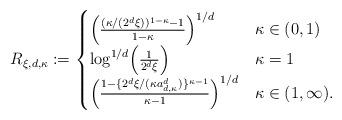
LaTeX: \begin{align*}R_{\xi,d,\kappa} := \begin{cases} \Bigl(\frac{(\kappa/(2^d \xi))^{1-\kappa} - 1}{1-\kappa}\Bigr)^{1/d} & \kappa \in (0,1)\\\log^{1/d}\Bigl(\frac{1}{2^d\xi}\Bigr) & \kappa=1\\ \Bigl(\frac{1 - \{2^d\xi/(\kappa a_{d,\kappa}^d)\}^{\kappa-1}}{\kappa-1}\Bigr)^{1/d} & \kappa \in (1,\infty). \end{cases}\end{align*}